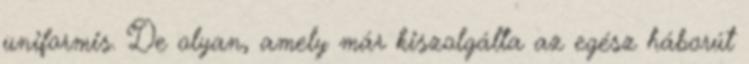
uniformis. De olyan, amely már kiszolgálta az egész háborút